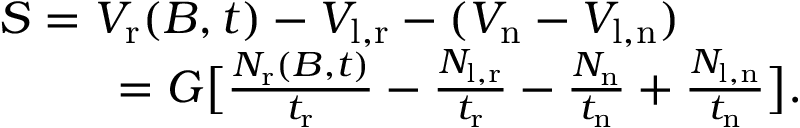
\begin{array} { r l } { S = V _ { \mathrm { r } } ( B , t ) - V _ { \mathrm { l , r } } - ( V _ { \mathrm { n } } - V _ { \mathrm { l , n } } ) ~ ~ ~ ~ ~ ~ ~ ~ } & { { } } \\ { = G \bigl [ \frac { N _ { \mathrm { r } } ( B , t ) } { t _ { \mathrm { r } } } - \frac { N _ { \mathrm { l , r } } } { t _ { \mathrm { r } } } - \frac { N _ { \mathrm { n } } } { t _ { \mathrm { n } } } + \frac { N _ { \mathrm { l , n } } } { t _ { \mathrm { n } } } \bigr ] . } \end{array}